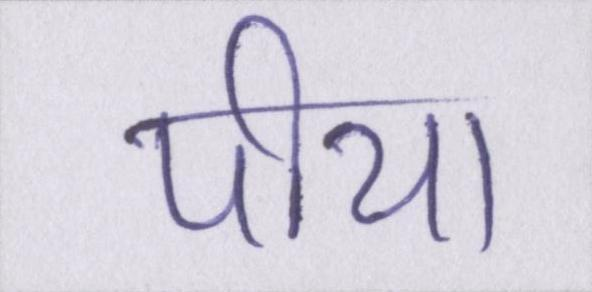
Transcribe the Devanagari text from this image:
पीया